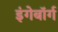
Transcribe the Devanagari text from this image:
इंगेबॉर्ग